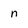
Character: n